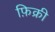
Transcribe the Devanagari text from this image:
फ़िक्री